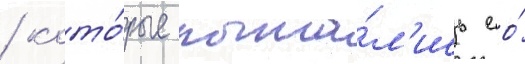
/ кото́рые пыта́л'ись ео́